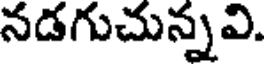
నడగుచున్నవి.